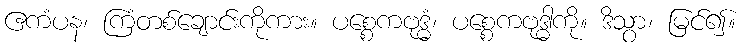
ဧကံပန၊ ကြံတစ်ချောင်းကိုကား။ ပစ္စေကဗုဒ္ဓံ၊ ပစ္စေကဗုဒ္ဓါကို။ ဒိသွာ၊ မြင်၍။